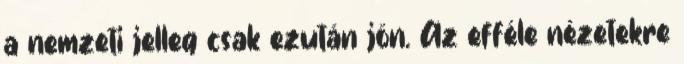
a nemzeti jelleg csak ezután jön. Az efféle nézetekre